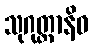
သုဂုတ္တာနိဓ